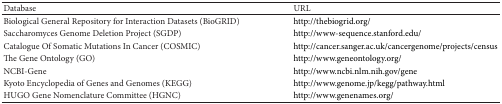
| Database | URL |
 | --- | --- |
 | Biological General Repository for Interaction Datasets (BioGRID) | http://thebiogrid.org/ |
 | Saccharomyces Genome Deletion Project (SGDP) | http://www-sequence.stanford.edu/ |
 | Catalogue Of Somatic Mutations In Cancer (COSMIC) | http://cancer.sanger.ac.uk/cancergenome/projects/census |
 | The Gene Ontology (GO) | http://www.geneontology.org/ |
 | NCBI-Gene | http://www.ncbi.nlm.nih.gov/gene |
 | Kyoto Encyclopedia of Genes and Genomes (KEGG) | http://www.genome.jp/kegg/pathway.html |
 | HUGO Gene Nomenclature Committee (HGNC) | http://www.genenames.org/ |